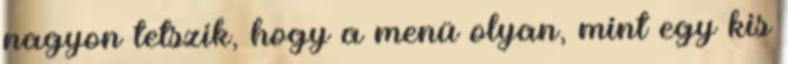
nagyon tetszik, hogy a menü olyan, mint egy kis